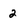
Character: 2